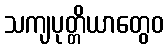
သကျပုတ္တိယာတွေဝ